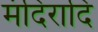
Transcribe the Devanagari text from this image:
मंदिरादि